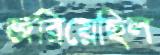
জরিয়েছিল